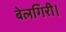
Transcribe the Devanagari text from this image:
बेलगिरी।